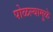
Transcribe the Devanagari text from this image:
पोळल्यामुळे